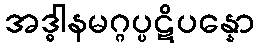
အဒ္ဓါနမဂ္ဂပ္ပဋိပန္နော